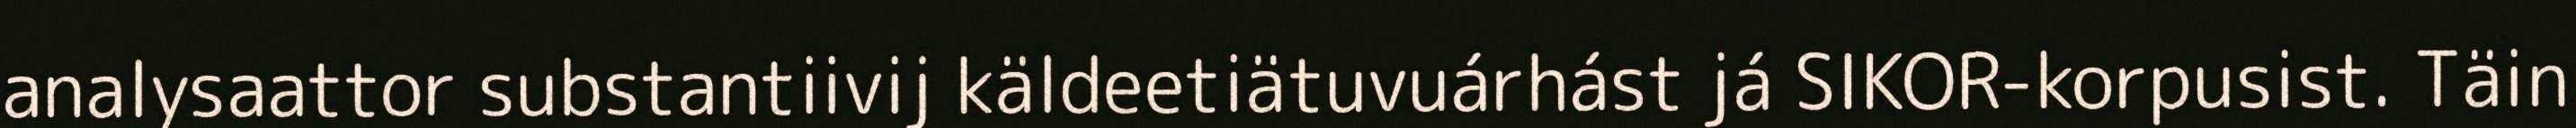
analysaattor substantiivij käldeetiätuvuárhást já SIKOR-korpusist. Täin